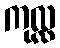
ကုလ္လ